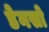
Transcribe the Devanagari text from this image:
डेनसो